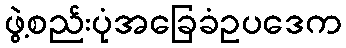
ဖွဲ့စည်းပုံအခြေခံဥပဒေက